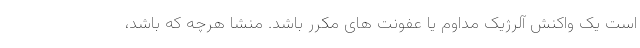
است یک واکنش آلرژیک مداوم یا عفونت های مکرر باشد. منشا هرچه که باشد،